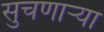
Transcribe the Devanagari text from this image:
सुचणार्‍या